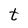
Character: t